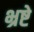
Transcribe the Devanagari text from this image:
भ्रष्टे